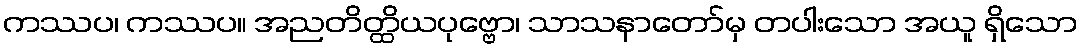
ကဿပ၊ ကဿပ။ အညတိတ္ထိယပုဗ္ဗော၊ သာသနာတော်မှ တပါးသော အယူ ရှိသော